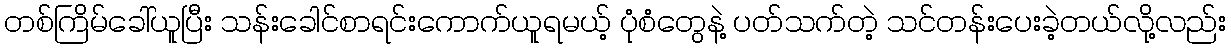
တစ်ကြိမ်ခေါ်ယူပြီး သန်းခေါင်စာရင်းကောက်ယူရမယ့် ပုံစံတွေနဲ့ ပတ်သက်တဲ့ သင်တန်းပေးခဲ့တယ်လို့လည်း